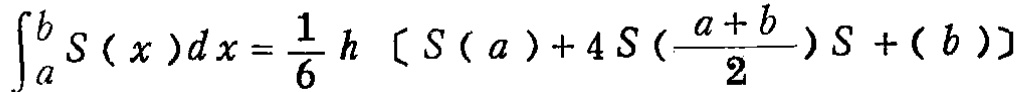
\(\int_{a}^{b} S(x)dx = \frac{1}{6}h\left[S(a)+4S\left(\frac{a + b}{2}\right)+S(b)\right]\)